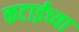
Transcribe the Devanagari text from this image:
कटाईच्या